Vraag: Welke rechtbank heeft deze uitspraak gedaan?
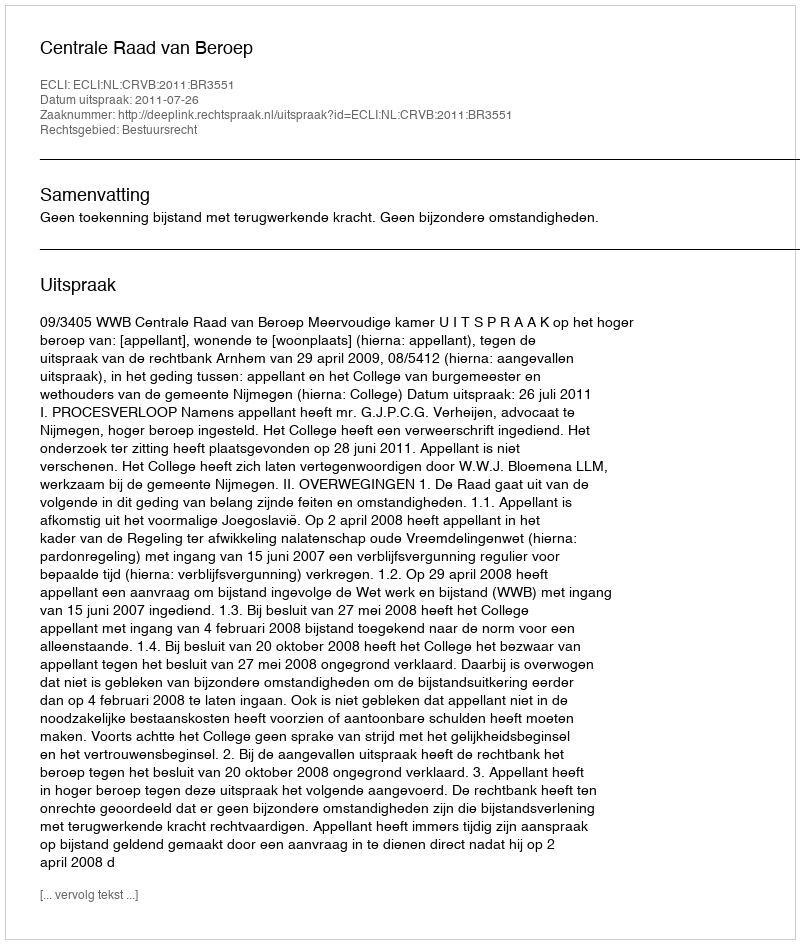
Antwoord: Centrale Raad van Beroep